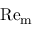
\mathrm { R e } _ { \mathrm { m } }